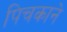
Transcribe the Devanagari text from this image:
पिचकाने